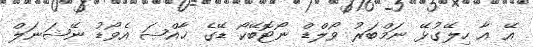
އޭ އާ ހިލޭގުޅޭ ނަމްބަރު ވޯލްޑް ނޯޓޮބޭކޯ ޑޭގެ ޚާއްޞަ އެވޯޑު ނޭޝަނަލް